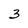
Character: 3